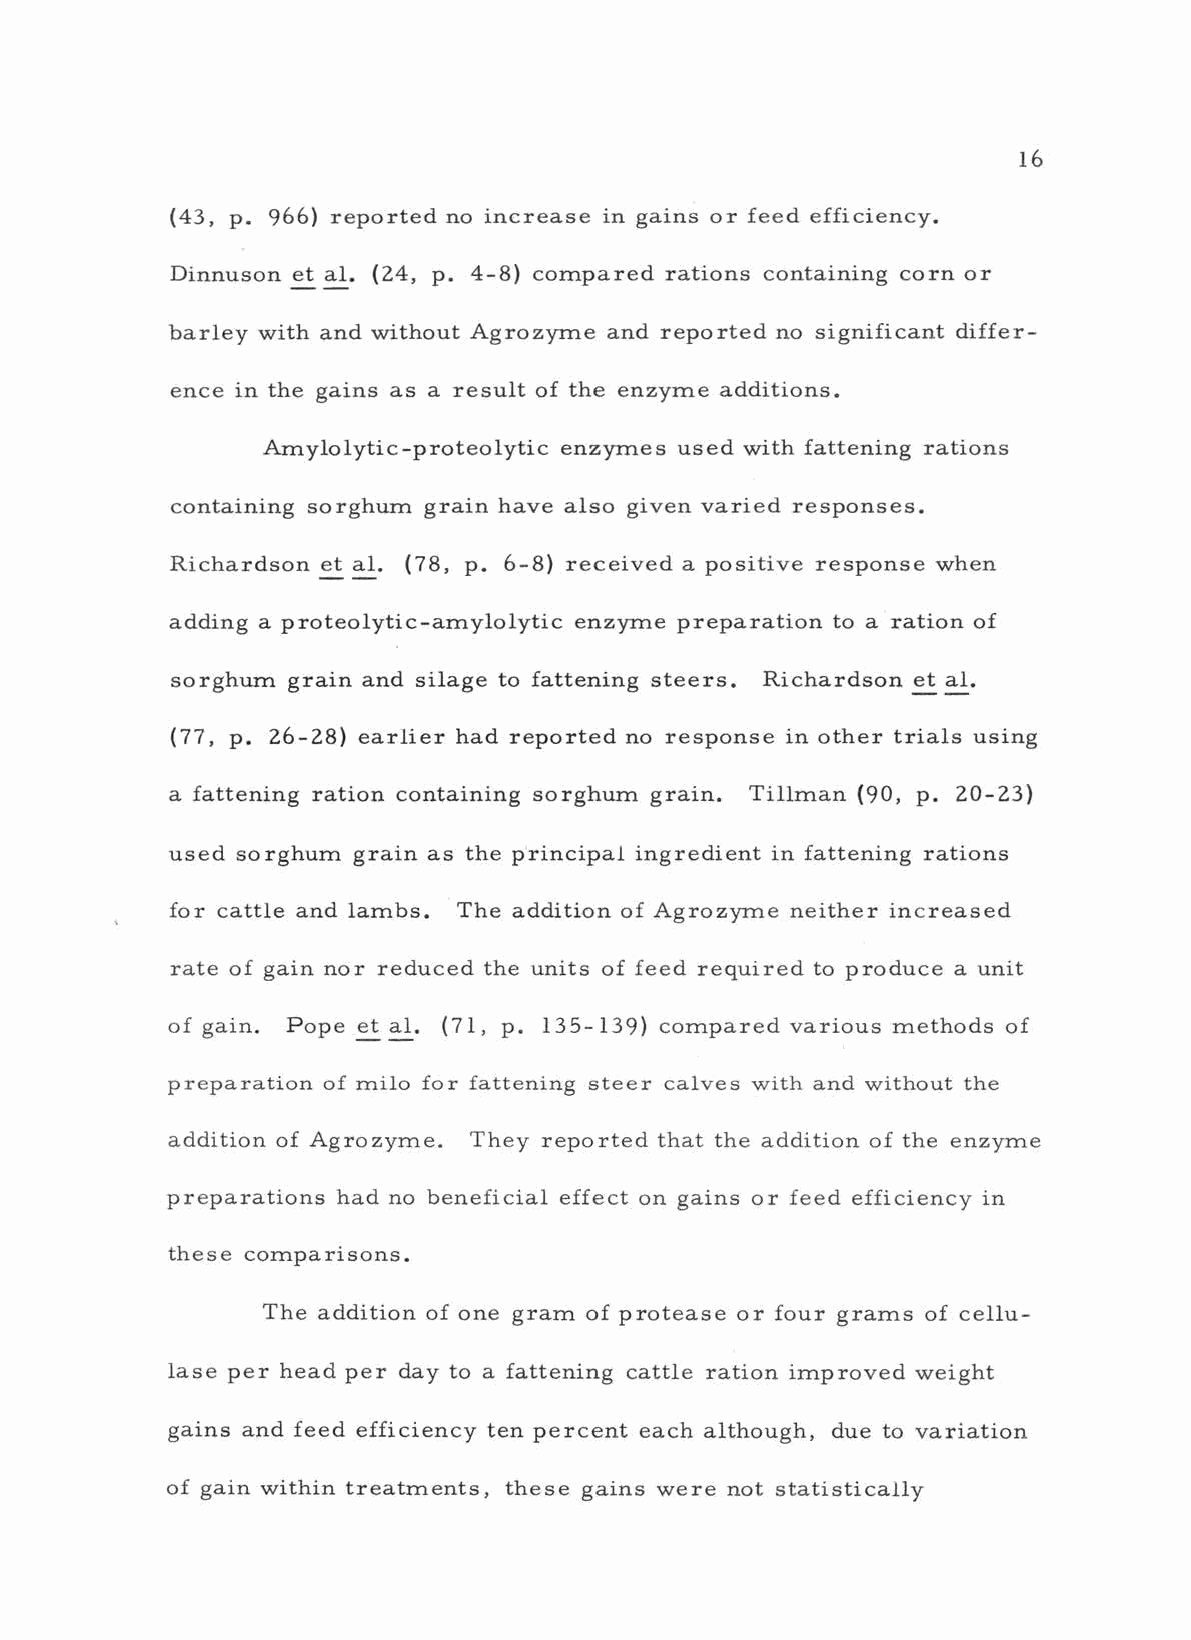
16
 (43, p. 966) reported no increase in gains or feed efficiency.
 Dinnuson et al. (24, p. 4 -8) compared rations containing corn or
 barley with and without Agrozyme and reported no significant differ-
 ence in the gains as a result of the enzyme additions.
 Amylolytic- proteolytic enzymes used with fattening rations
 containing sorghum grain have also given varied responses.
 Richardson et al. (78, p. 6 -8) received a positive response when
 adding a proteolytic -amylolytic enzyme preparation to a ration of
 sorghum grain and silage to fattening steers. Richardson et al.
 (77, p. 26 -28) earlier had reported no response in other trials using
 a fattening ration containing sorghum grain. Tillman (90, p. 20 -23)
 used sorghum grain as the principal ingredient in fattening rations
 for cattle and lambs. The addition of Agrozyme neither increased
 rate of gain nor reduced the units of feed required to produce a unit
 of gain. Pope et al. (71, p. 135 -139) compared various methods of
 preparation of milo for fattening steer calves with and without the
 addition of Agrozyme. They reported that the addition of the enzyme
 preparations had no beneficial effect on gains or feed efficiency in
 these comparisons.
 The addition of one gram of protease or four grams of cellu-
 lase per head per day to a fattening cattle ration improved weight
 gains and feed efficiency ten percent each although, due to variation
 of gain within treatments, these gains were not statistically